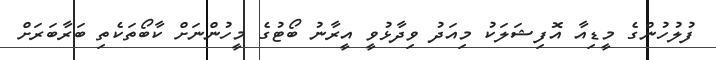
ފުލުހުންގެ މީޑިއާ އޮފިޝަލަކު މިއަދު ވިދާޅުވީ އީރާނު ބޯޓުގެ މީހުންނަށް ކާބޯތަކެތި ބަރާބަރަށް